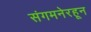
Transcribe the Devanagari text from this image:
संगमनेरहून